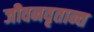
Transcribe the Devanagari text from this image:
जीवनवृतान्त